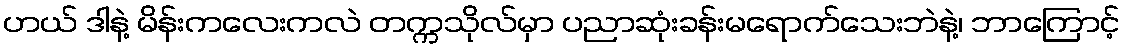
ဟယ် ဒါနဲ့ မိန်းကလေးကလဲ တက္ကသိုလ်မှာ ပညာဆုံးခန်းမရောက်သေးဘဲနဲ့၊ ဘာကြောင့်